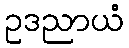
ဥဒညာယံ